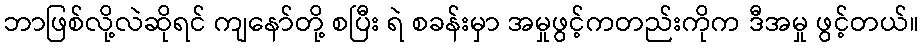
ဘာဖြစ်လို့လဲဆိုရင် ကျနော်တို့ စပြီး ရဲ စခန်းမှာ အမှုဖွင့်ကတည်းကိုက ဒီအမှု ဖွင့်တယ်။